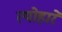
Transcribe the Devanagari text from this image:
त्योहारें